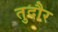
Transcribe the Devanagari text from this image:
तुदौर